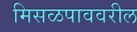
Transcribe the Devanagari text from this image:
मिसळपाववरील